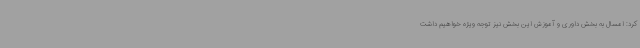
کرد: امسال به بخش داوری و آموزش این بخش نیز توجه ویژه خواهیم داشت